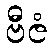
ဗီဇံ